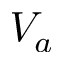
V _ { a }